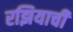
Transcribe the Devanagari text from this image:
रझियाची